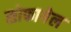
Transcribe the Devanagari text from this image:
सोफागेल